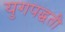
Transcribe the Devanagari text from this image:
युगपद्धती